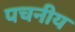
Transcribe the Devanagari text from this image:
पचनीय